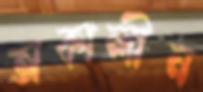
অকালীন